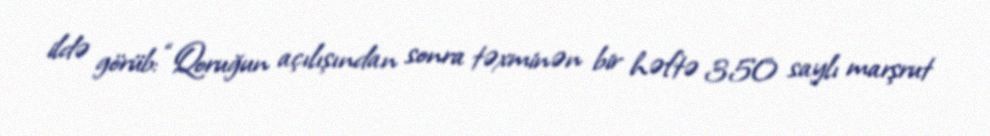
ildə görüb: “Qoruğun açılışından sonra təxminən bir həftə 350 saylı marşrut